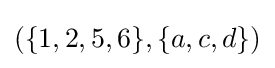
{\textstyle (\lbrace 1,2,5,6\rbrace ,\lbrace a,c,d\rbrace )}